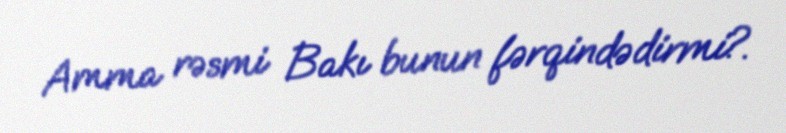
Amma rəsmi Bakı bunun fərqindədirmi?.